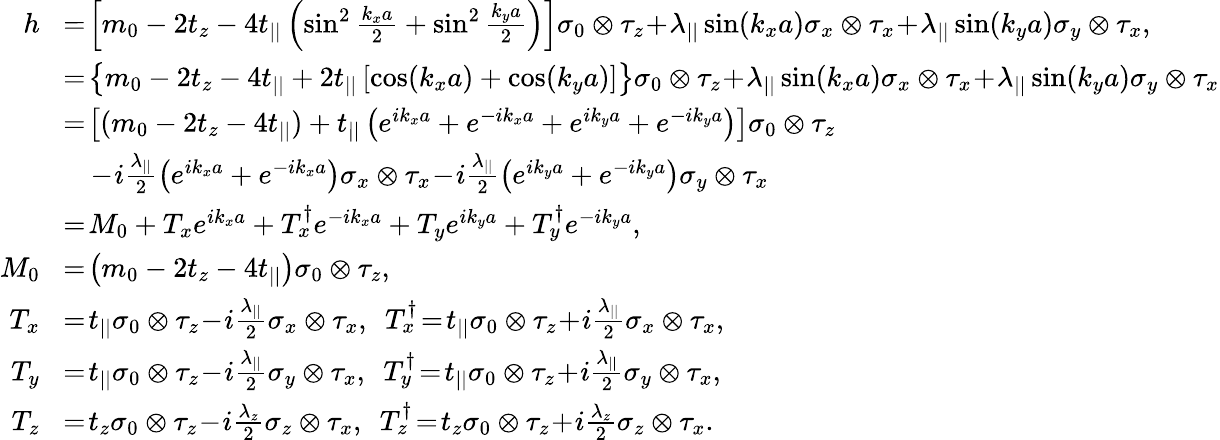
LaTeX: \begin{array}{rl}{h}&{\! =\! \left[m_{0}-2t_{z}-4t_{||}\left(\sin^{2}\frac{k_{x}a}{2}+\sin^{2}\frac{k_{y}a}{2}\right)\right]\sigma_{0}\otimes\tau_{z}\! +\! \lambda_{||}\sin(k_{x}a)\sigma_{x}\otimes\tau_{x}\! +\! \lambda_{||}\sin(k_{y}a)\sigma_{y}\otimes\tau_{x},}\\ &{\! =\! \left\{ m_{0}-2t_{z}-4t_{||}+2t_{||}\left[\cos(k_{x}a)+\cos(k_{y}a)\right]\right\} \sigma_{0}\otimes\tau_{z}\! +\! \lambda_{||}\sin(k_{x}a)\sigma_{x}\otimes\tau_{x}\! +\! \lambda_{||}\sin(k_{y}a)\sigma_{y}\otimes\tau_{x}}\\ &{\! =\! \left[(m_{0}-2t_{z}-4t_{||})+t_{||}\left(e^{ik_{x}a}+e^{-ik_{x}a}+e^{ik_{y}a}+e^{-ik_{y}a}\right)\right]\sigma_{0}\otimes\tau_{z}}\\ &{~~~\! -\! i\frac{\lambda_{||}}{2}\left(e^{ik_{x}a}+e^{-ik_{x}a}\right)\sigma_{x}\otimes\tau_{x}\! -\! i\frac{\lambda_{||}}{2}\left(e^{ik_{y}a}+e^{-ik_{y}a}\right)\sigma_{y}\otimes\tau_{x}}\\ &{\! =\! M_{0}+T_{x}e^{ik_{x}a}+T_{x}^{\dagger}e^{-ik_{x}a}+T_{y}e^{ik_{y}a}+T_{y}^{\dagger}e^{-ik_{y}a},}\\ {M_{0}}&{\! =\! \left(m_{0}-2t_{z}-4t_{||}\right)\sigma_{0}\otimes\tau_{z},}\\ {T_{x}}&{\! =\! t_{||}\sigma_{0}\otimes\tau_{z}\! -\! i\frac{\lambda_{||}}{2}\sigma_{x}\otimes\tau_{x},~~T_{x}^{\dagger}\! =\! t_{||}\sigma_{0}\otimes\tau_{z}\! +\! i\frac{\lambda_{||}}{2}\sigma_{x}\otimes\tau_{x},}\\ {T_{y}}&{\! =\! t_{||}\sigma_{0}\otimes\tau_{z}\! -\! i\frac{\lambda_{||}}{2}\sigma_{y}\otimes\tau_{x},~~T_{y}^{\dagger}\! =\! t_{||}\sigma_{0}\otimes\tau_{z}\! +\! i\frac{\lambda_{||}}{2}\sigma_{y}\otimes\tau_{x},}\\ {T_{z}}&{\! =\! t_{z}\sigma_{0}\otimes\tau_{z}\! -\! i\frac{\lambda_{z}}{2}\sigma_{z}\otimes\tau_{x},~~T_{z}^{\dagger}\! =\! t_{z}\sigma_{0}\otimes\tau_{z}\! +\! i\frac{\lambda_{z}}{2}\sigma_{z}\otimes\tau_{x}.}\end{array}